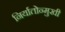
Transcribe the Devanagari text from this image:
निर्यातोन्मुखी